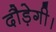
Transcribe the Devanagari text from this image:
दौड़ेगी।